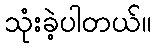
သုံးခဲ့ပါတယ်။